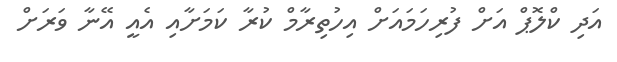
އަދި ކްލޮޕް އަށް ފުރިހަމައަށް އިހުތިރާމް ކުރާ ކަމަށާއި އެއީ އޭނާ ވަރަށް